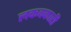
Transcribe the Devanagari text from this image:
लकवकारी